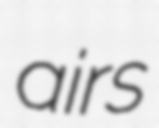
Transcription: airs